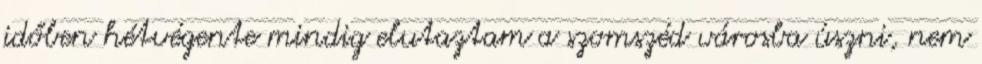
időben hétvégente mindig elutaztam a szomszéd városba úszni, nem